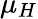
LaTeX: \mu_{H}